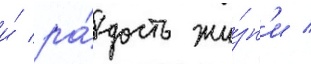
и́ ра́дость жи́зн'и /